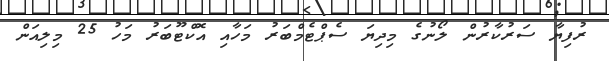
ރުފިޔާ ސަރުކާރުން ލޯނުގެ މިދިޔަ ސެޕްޓެމްބަރު މަހާއި އޮކްޓޫބަރު މަހު 25 މިލިއަން